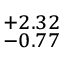
^ { + 2 . 3 2 } _ { - 0 . 7 7 }